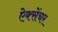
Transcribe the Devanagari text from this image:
ऐक्सेंचर